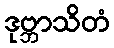
ဒုဗ္ဘာသိတံ